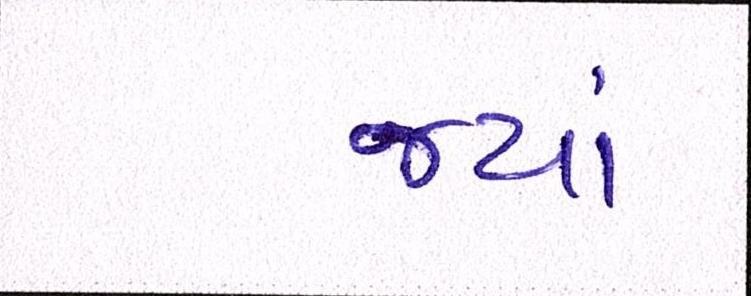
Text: જ્યાં